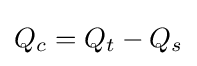
Q_{c}=Q_{t}-Q_{s}